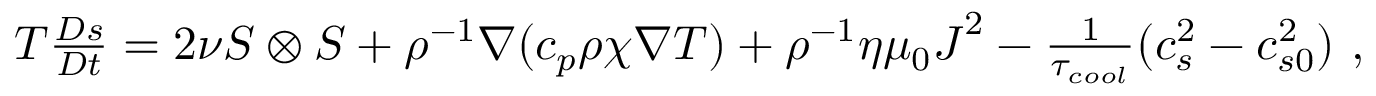
\begin{array} { r } { T \frac { D s } { D t } = 2 \nu \boldsymbol { S } \otimes \boldsymbol { S } + \rho ^ { - 1 } \nabla ( c _ { p } \rho \chi \nabla T ) + \rho ^ { - 1 } \eta \mu _ { 0 } \boldsymbol { J } ^ { 2 } - \frac { 1 } { \tau _ { c o o l } } ( c _ { s } ^ { 2 } - c _ { s 0 } ^ { 2 } ) ~ , } \end{array}